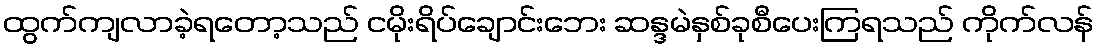
ထွက်ကျလာခဲ့ရတော့သည် ငမိုးရိပ်ချောင်းဘေး ဆန္ဒမဲနှစ်ခုစီပေးကြရသည် ကိုက်လန်